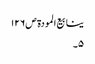
ینابیع المودة ص١٢٦
٥۔